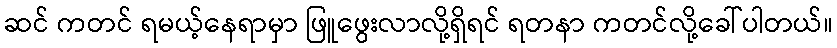
ဆင် ကတင် ရမယ့်နေရာမှာ ဖြူဖွေးလာလို့ရှိရင် ရတနာ ကတင်လို့ခေါ်ပါတယ်။